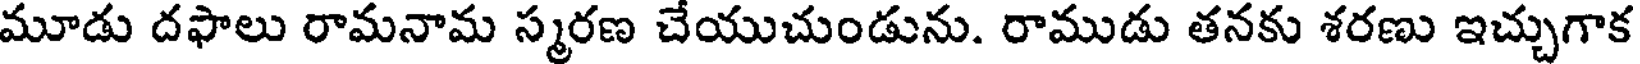
మూడు దఫాలు రామనామ స్మరణ చేయుచుండును. రాముడు తనకు శరణు ఇచ్చుగాక